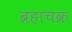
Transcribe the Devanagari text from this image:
ब्रहाचक्र